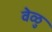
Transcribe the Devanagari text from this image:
वेळु